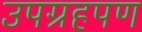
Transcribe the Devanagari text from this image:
उपग्रहपण